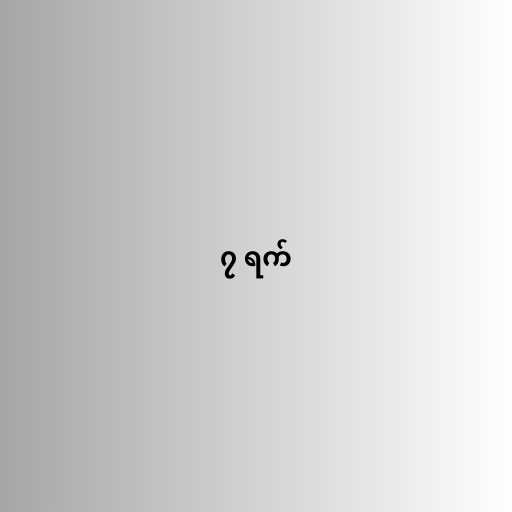
၇ ရက်